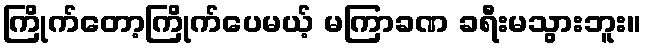
ကြိုက်တော့ကြိုက်ပေမယ့် မကြာခဏ ခရီးမသွားဘူး။